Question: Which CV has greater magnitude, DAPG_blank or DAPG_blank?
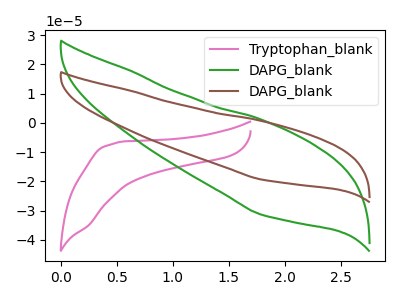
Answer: <think>The pink curve "Tryptophan_blank" has no peaks. The green curve "DAPG_blank" has no peaks. The brown curve "DAPG_blank" has no peaks.
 Neither "DAPG_blank" or "DAPG_blank" have any peaks.</think>
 <answer>I cant tell if "DAPG_blank" or "DAPG_blank" has more signal.</answer>
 <eval>mixed_signal</eval>